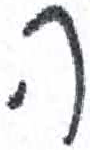
אות: ה